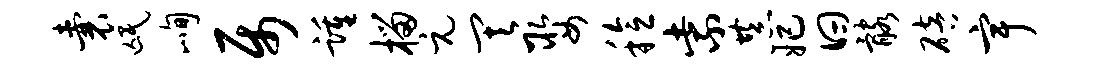
囊氓峋属踵榴元其娶稔紫恭妃曰髂碚宇